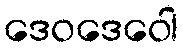
ဒေဝဒေဝေါ